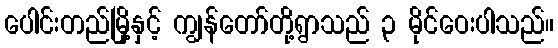
ပေါင်းတည်မြို့နှင့် ကျွန်တော်တို့ရွာသည် ၃ မိုင်ဝေးပါသည်။